Report on horse surra - Volume I
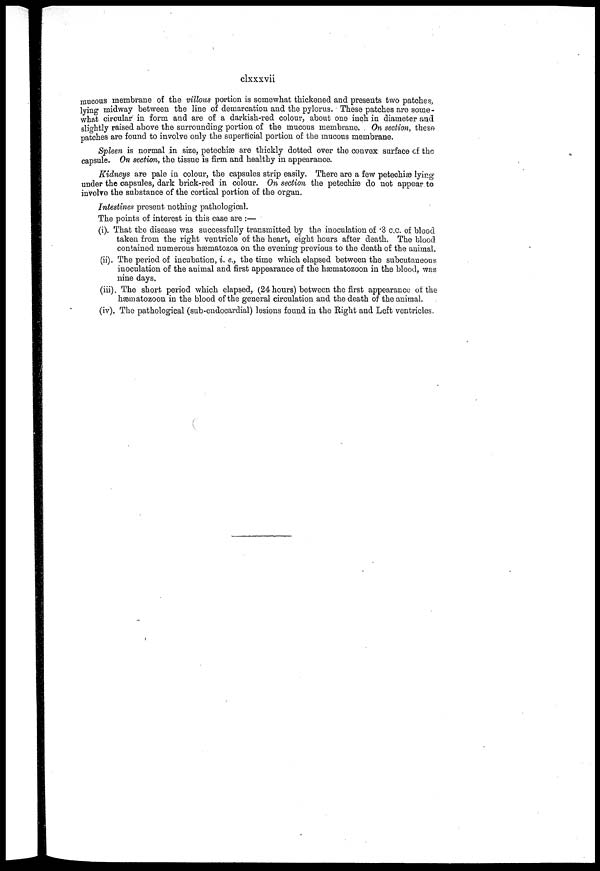
clxxxvii
mucous membrane of the villous portion is somewhat thickened and presents two patches,
lying midway between the line of demarcation and the pylorus. These patches are some-
what circular in form and are of a darkish-red colour, about one inch in diameter and
slightly raised above the surrounding portion of the mucous membrane. On section, these
patches are found to involve only the superficial portion of the mucous membrane.
Spleen is normal in size, petechiæ are thickly dotted over the convex surface of the
capsule. On section, the tissue is firm and healthy in appearance.
Kidneys are pale in colour, the capsules strip easily. There are a few petechias lying¬
under the capsules, dark brick-red in colour. On section the petechiæ do not appear to
involve the substance of the cortical portion of the organ.
Intestines present nothing pathological.
The points of interest in this case are :—
(i). That the disease was successfully transmitted by the inoculation of .3 c.c. of blood
taken from the right ventricle of the heart, eight hours after death. The blood
contained numerous hæmatozoa on the evening previous to the death of the animal.
(ii). The period of incubation, i. e., the time which elapsed between the subcutaneous
inoculation of the animal and first appearance of the hæmatozoon in the blood, was
nine days.
(iii). The short period which elapsed, (24 hours) between the first appearance of the
hæmatozoon in the blood of the general circulation and the death of the animal.
(iv). The pathological (sub-endocardial) lesions found in the Right and Left ventricles.